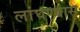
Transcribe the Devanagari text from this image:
लांघण्यास